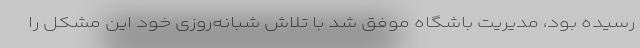
رسیده بود، مدیریت باشگاه موفق شد با تلاش شبانه‌روزی خود این مشکل را